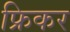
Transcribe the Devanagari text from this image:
फ्रिकर